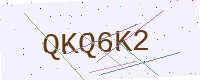
Text: QKQ6K2